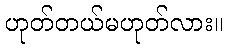
ဟုတ်တယ်မဟုတ်လား။